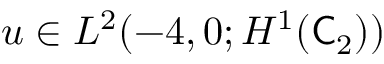
u \in L ^ { 2 } ( - 4 , 0 ; H ^ { 1 } ( \mathsf C _ { 2 } ) )